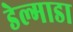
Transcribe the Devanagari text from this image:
डेल्गाडा